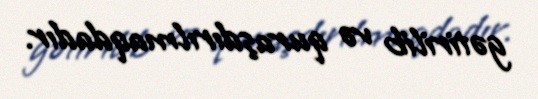
gətirilib və quraşdırılmaqdadır.